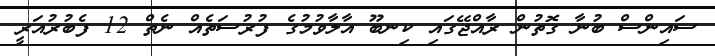
ސައިންސް ބުނާ ގޮތުން ރާއްޖޭގައި ކިނބޫ އާލާވުމުގެ ފުރުސަތެއް ނެތް 12 ފެބުރުއަރީ